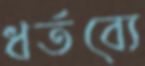
ধর্তব্যে